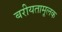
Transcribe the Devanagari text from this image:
बरीयतामूलक